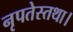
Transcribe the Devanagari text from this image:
नृपतेस्तथा।